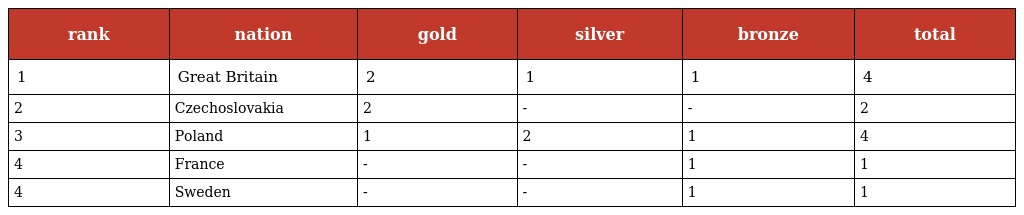
| rank | nation | gold | silver | bronze | total |
 | --- | --- | --- | --- | --- | --- |
 | 1 | Great Britain | 2 | 1 | 1 | 4 |
 | 2 | Czechoslovakia | 2 | - | - | 2 |
 | 3 | Poland | 1 | 2 | 1 | 4 |
 | 4 | France | - | - | 1 | 1 |
 | 4 | Sweden | - | - | 1 | 1 |